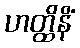
ဟတ္ထိနိံ